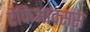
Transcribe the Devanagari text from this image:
ऐंफिआक्सस